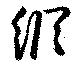
縦